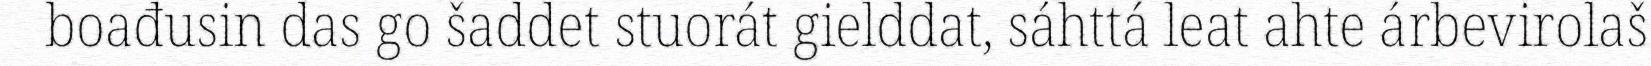
boađusin das go šaddet stuorát gielddat, sáhttá leat ahte árbevirolaš